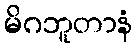
မိဂဘူတာနံ